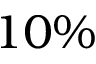
1 0 \%